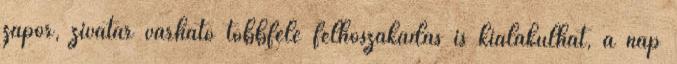
zápor, zivatar várható többfelé felhőszakadás is kialakulhat, a nap